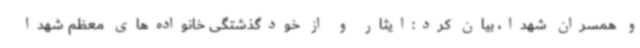
و همسران شهدا، بیان کرد:ایثار و از خودگذشتگی خانواده‌های معظم شهدا